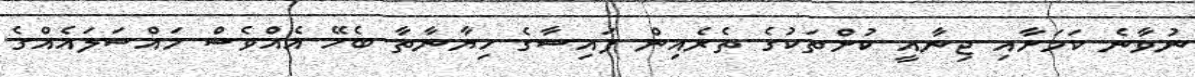
ނުވާނެ ކަމަށާއި ޖިނާއީ ކުށްތަކުގެ ތެރެއިން ފައިސާގެ ހިޔާނާތާ ބެހޭ އެއްވެސް މައްސަލައެއްގެ